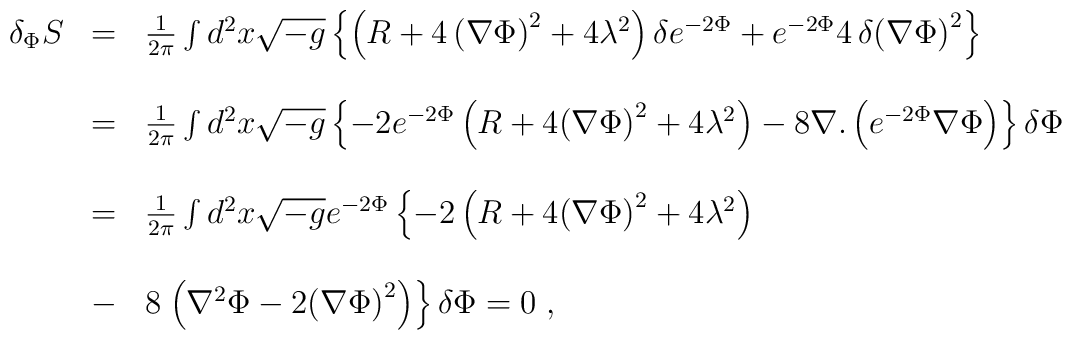
\begin{array}{lcl}\delta_{\Phi}S&=&{1\over2\pi}\int d^2x\sqrt{-g}\left\{\left(R+4\,{\left(\nabla\Phi\right)}^2+4\lambda^2\right)\delta e^{-2\Phi}+e^{-2\Phi}4\,\delta{\left(\nabla \Phi\right)}^2\right\}\\\\&=&{1\over2\pi}\int d^2x\sqrt{-g}\left\{-2e^{-2\Phi}\left(R+4{\left(\nabla\Phi\right)}^2+4\lambda^2\right)-8\nabla.\left(e^{-2\Phi}\nabla\Phi\right)\right\}\delta\Phi\\\\&=&{1\over2\pi}\int d^2x\sqrt{-g}e^{-2\Phi}\left\{-2\left(R+4{\left(\nabla\Phi\right)}^2+4\lambda^2\right)\right.\\\\&-&8\left.\left(\nabla ^2\Phi-2{\left(\nabla\Phi\right)}^2\right)\right\}\delta\Phi=0\;,\end{array}